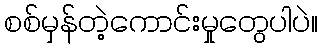
စစ်မှန်တဲ့ကောင်းမှုတွေပါပဲ။